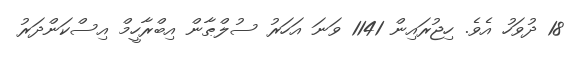
18 ދުވަހު އެވެ. ހިޖުރައިން 1141 ވަނަ އަހަރު ސުލްޠާން އިބްރާހީމް އިސްކަންދަރު